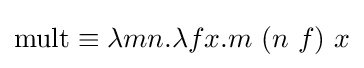
\operatorname {mult} \equiv \lambda mn.\lambda fx.m\ (n\ f)\ x